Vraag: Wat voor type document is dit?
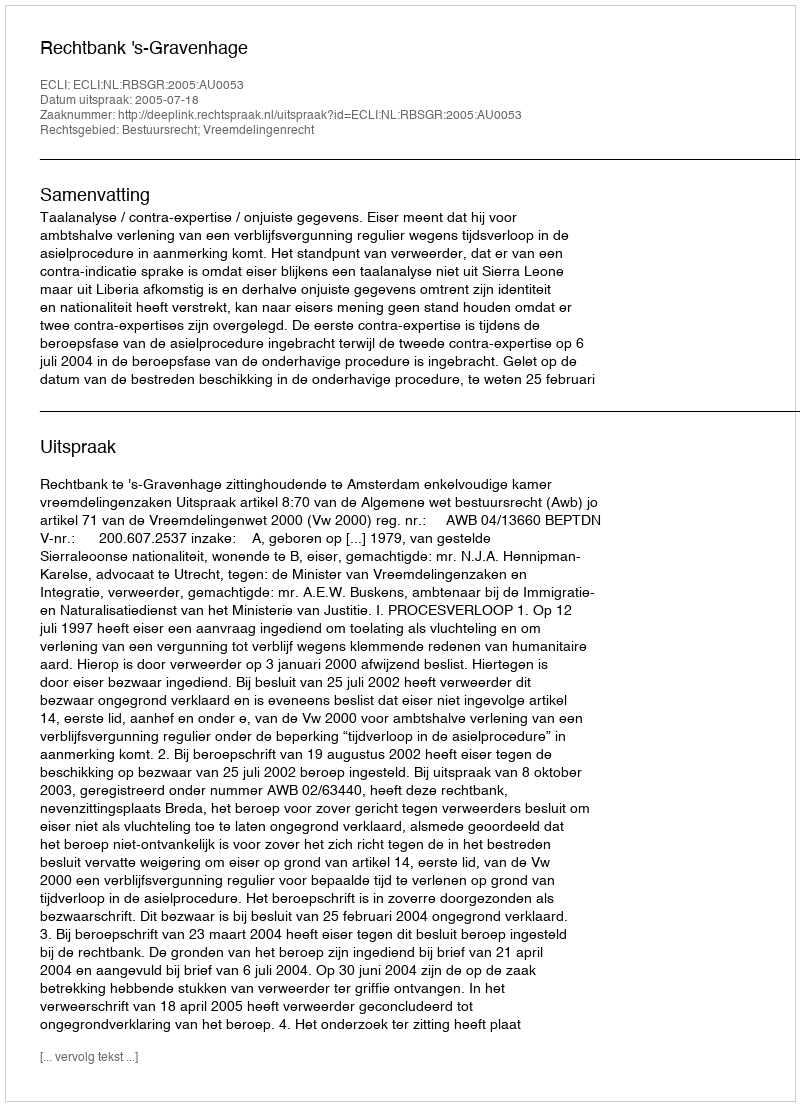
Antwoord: Uitspraak